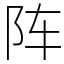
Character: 阵